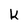
Character: K